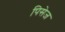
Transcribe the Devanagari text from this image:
पिसेज